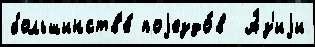
большинств'е́ поjездо́в  А́з'иjи